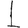
Digit: 1